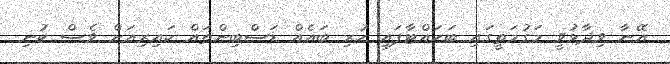
އޭނާ ވިދާޅުވީ މަގުމަތީގައި ބަހައްޓާފައި ހުރި ބައެއް ޑަސްބިންތައް ކައިރިއަށް ވެސް ކުނި